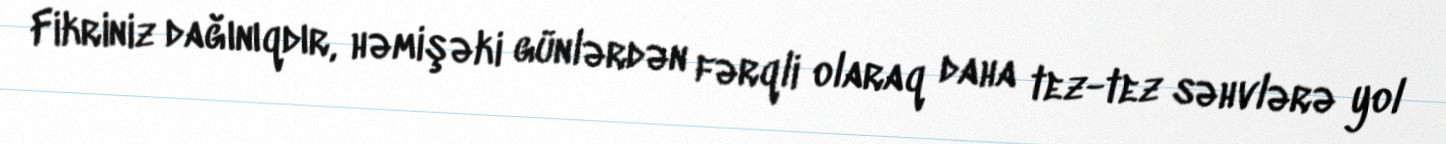
Fikriniz dağınıqdır, həmişəki günlərdən fərqli olaraq daha tez-tez səhvlərə yol